255_413270_UFO's_and_Defense_What_Should_we_Prepare_For
Agency: NASA
Page 24
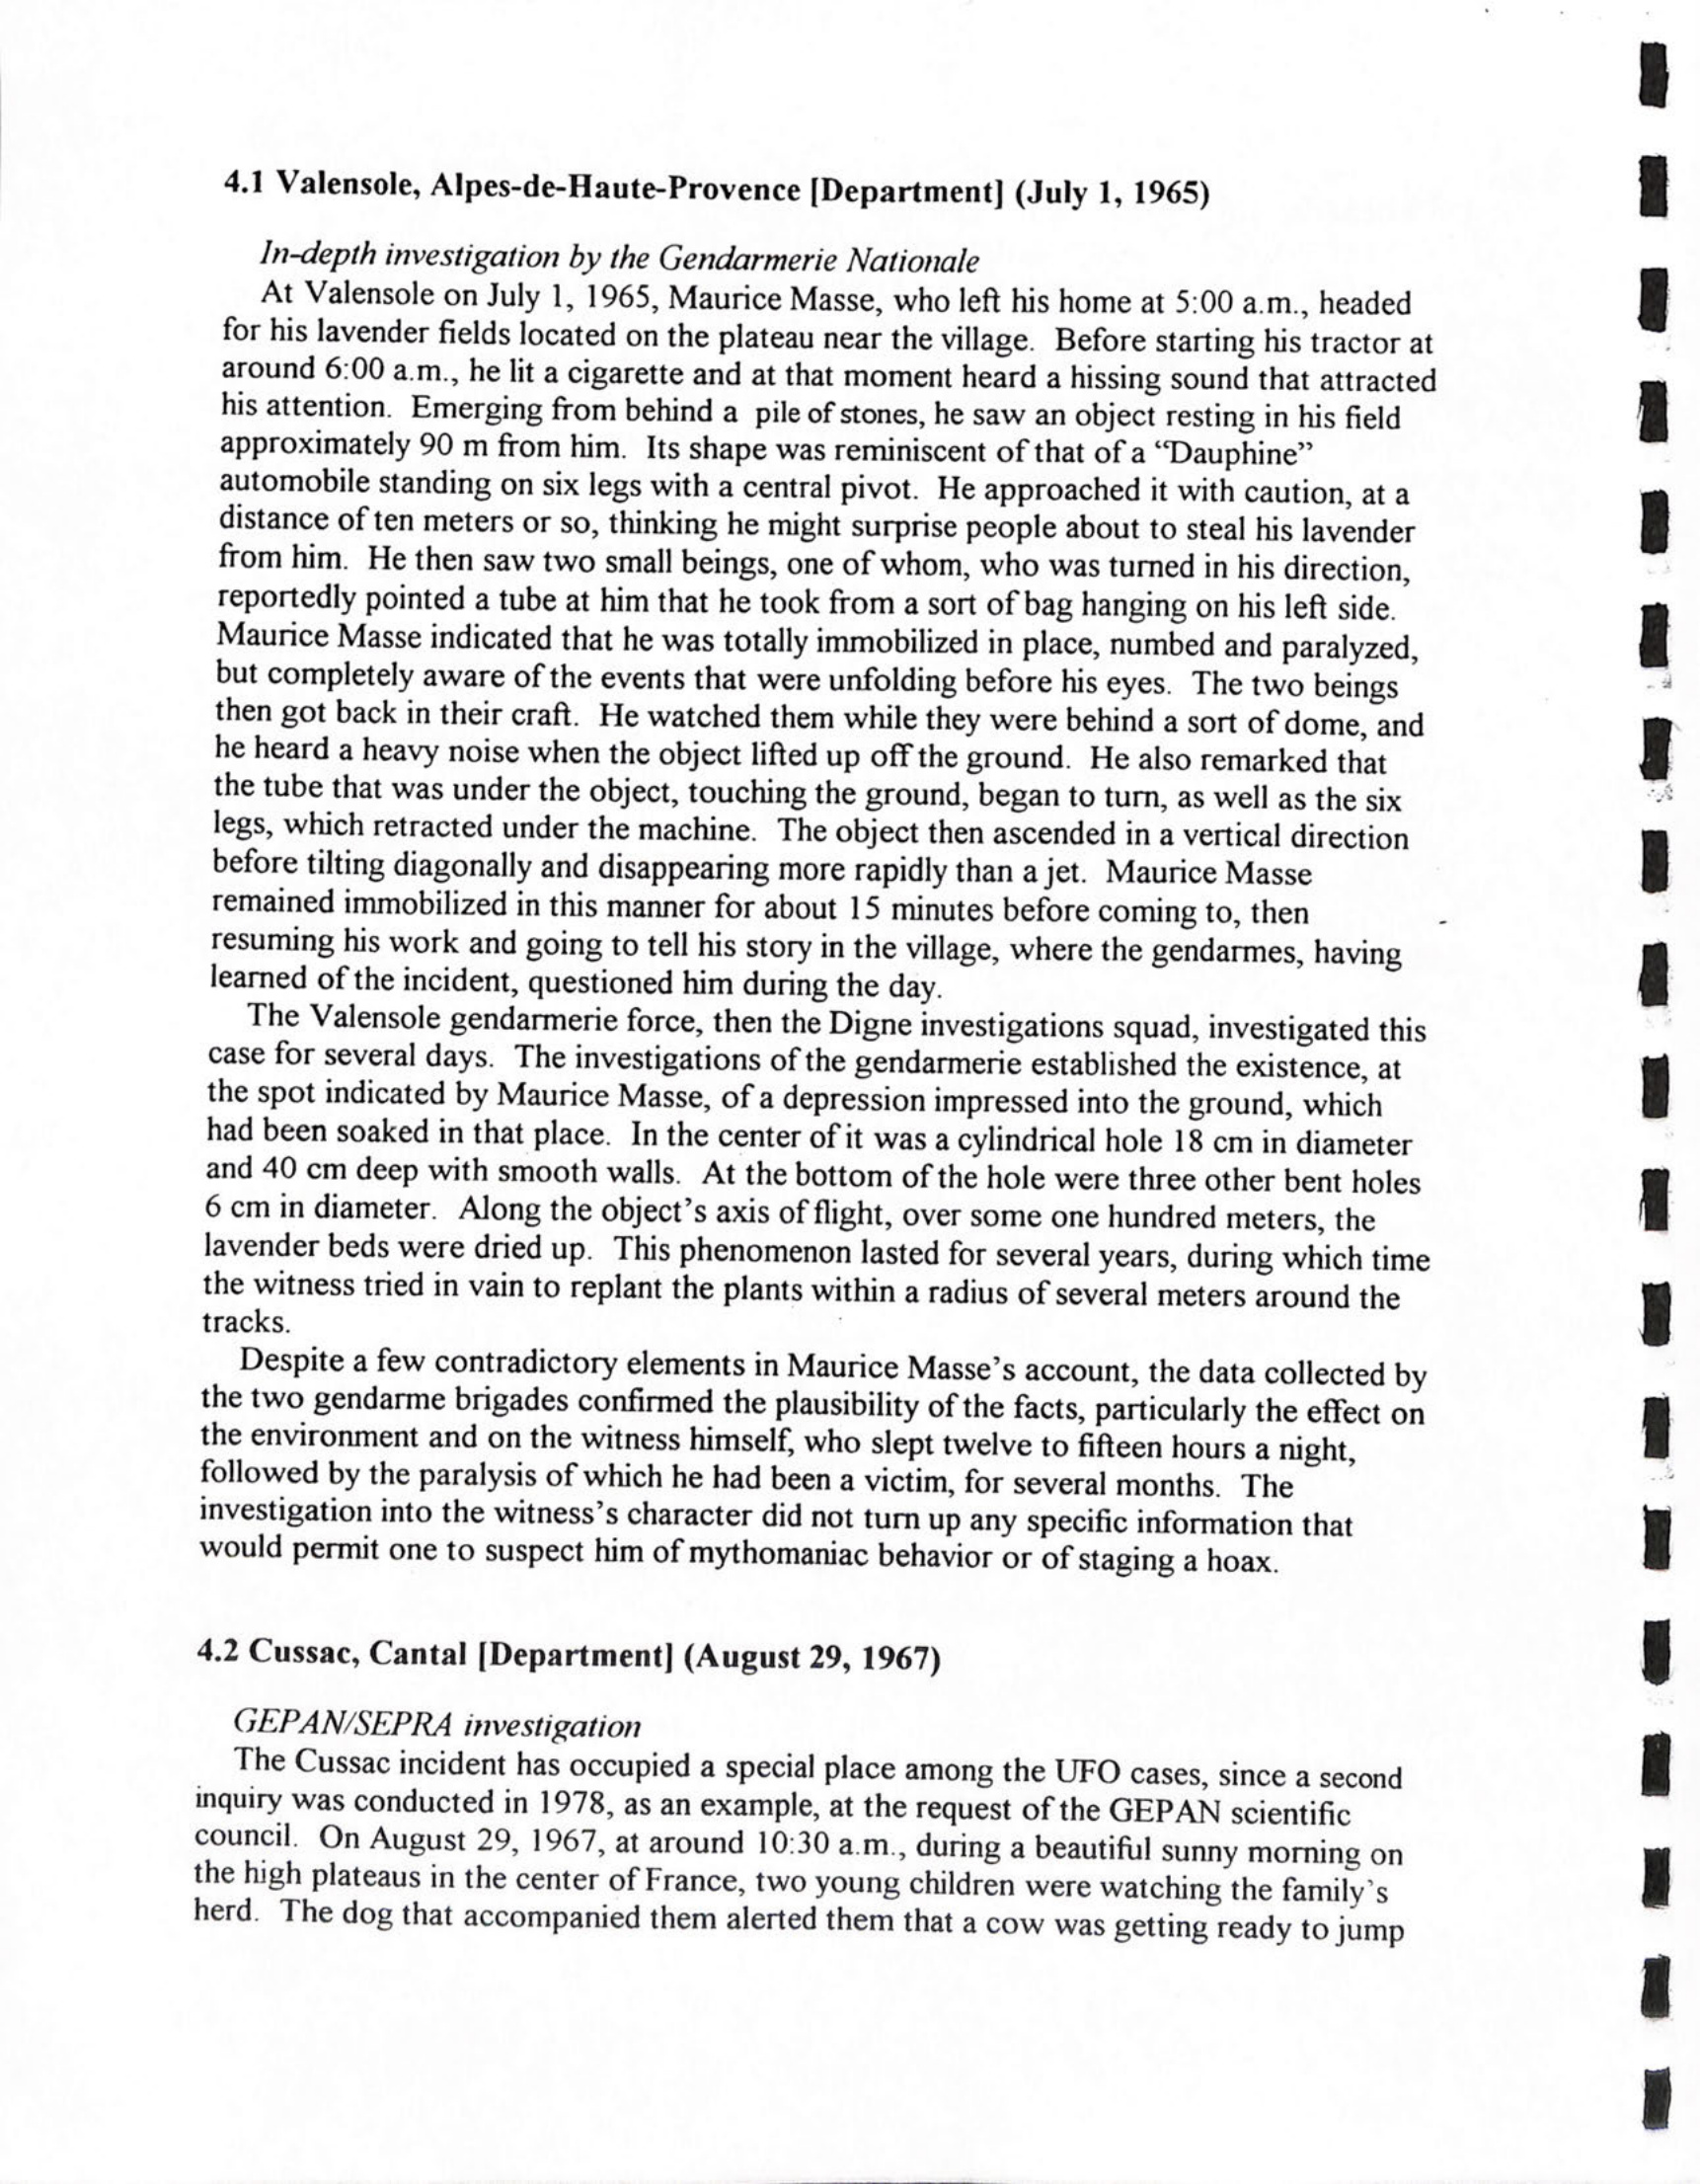